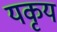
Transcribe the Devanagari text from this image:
यकृय